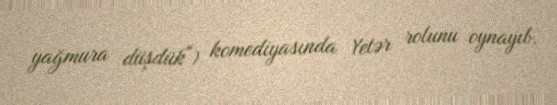
yağmura düşdük") komediyasında Yetər rolunu oynayıb.